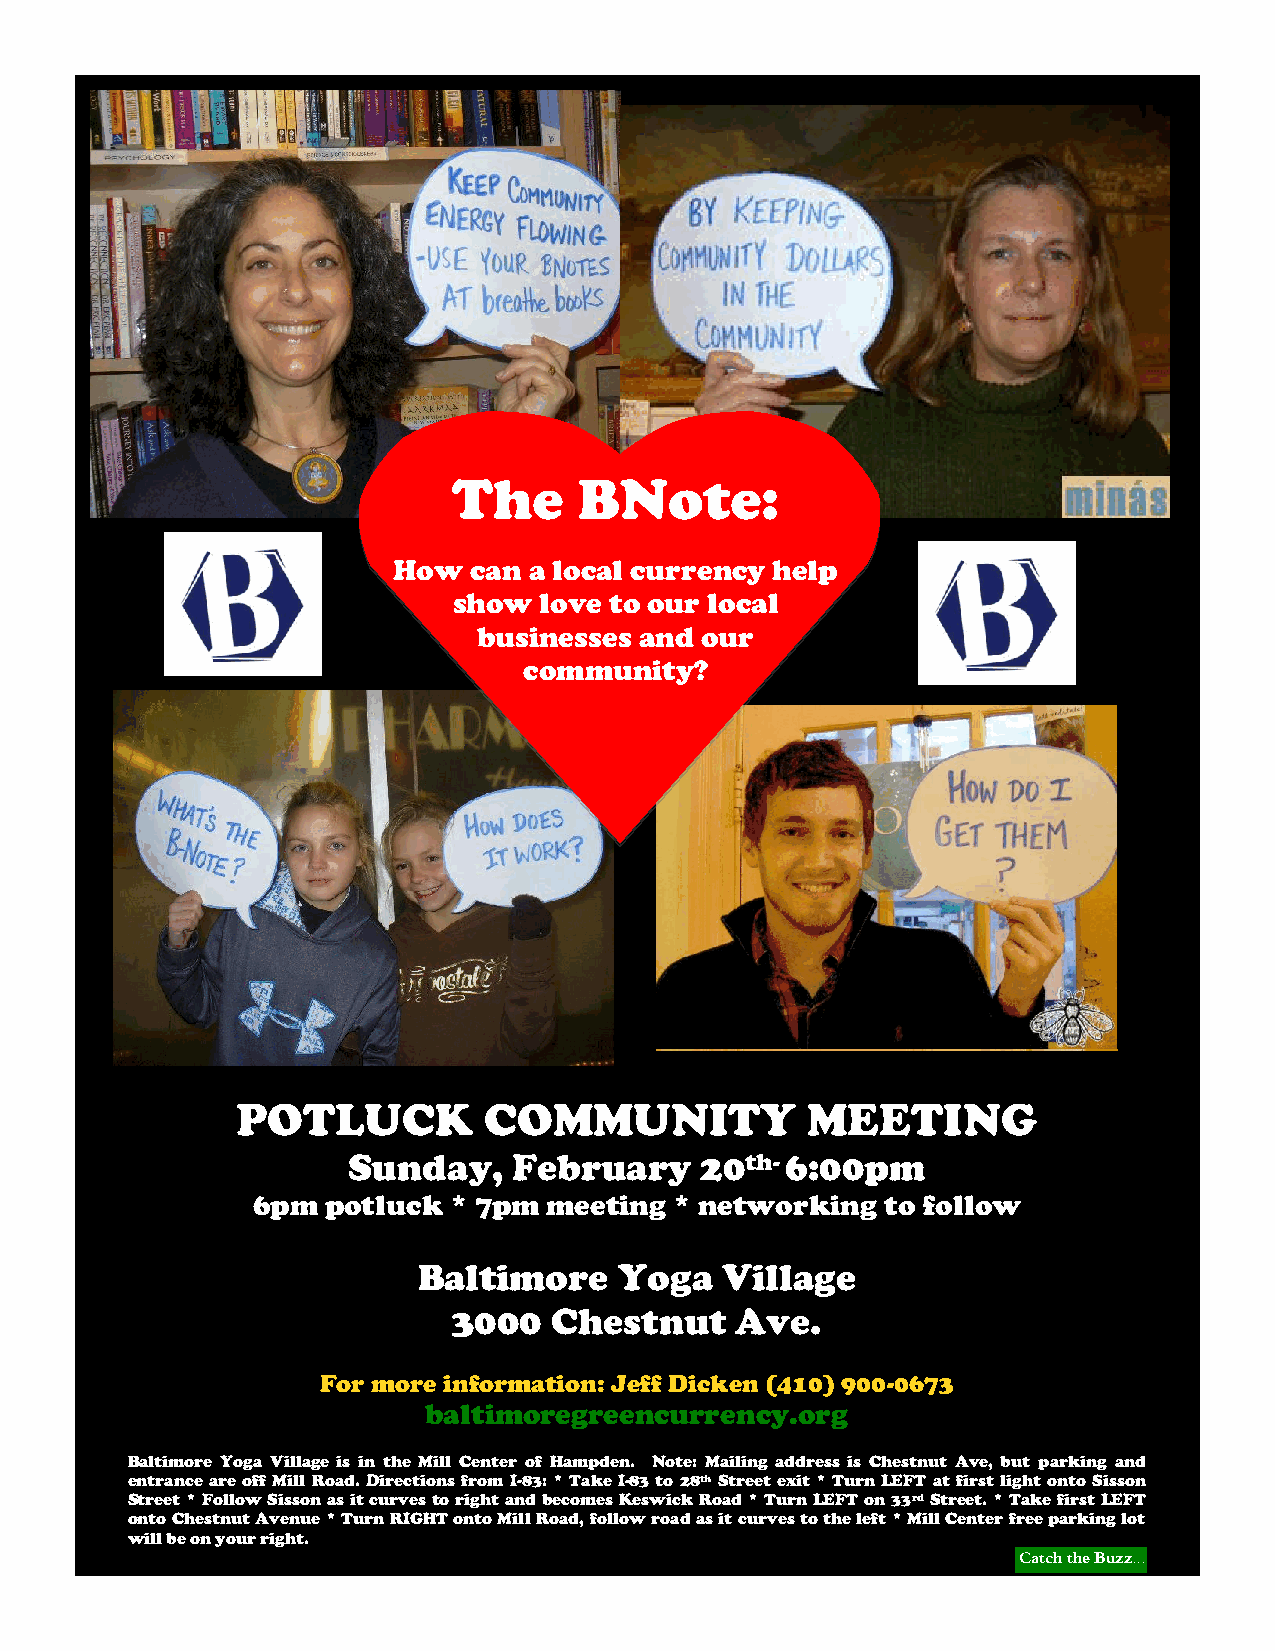
The     BNote:
 How  can a local currency help
 show  love to our local
 businesses and our
 community?
 POTLUCK         COMMUNITY            MEETING
 Sunday,    February    20th- 6:00pm
 6pm  potluck * 7pm meeting  * networking  to follow
 Baltimore    Yoga   Village
 3000   Chestnut    Ave.
 For more information: Jeff Dicken (410) 900-0673
 baltimoregreencurrency.org
 Baltimore Yoga Village is in the Mill Center of Hampden. Note: Mailing address is Chestnut Ave, but parking and
 entrance are off Mill Road. Directions from I-83: * Take I-83 to 28th Street exit * Turn LEFT at first light onto Sisson
 Street * Follow Sisson as it curves to right and becomes Keswick Road * Turn LEFT on 33rd Street. * Take first LEFT
 onto Chestnut Avenue * Turn RIGHT onto Mill Road, follow road as it curves to the left * Mill Center free parking lot
 will be on your right.
 Catch the Buzz...